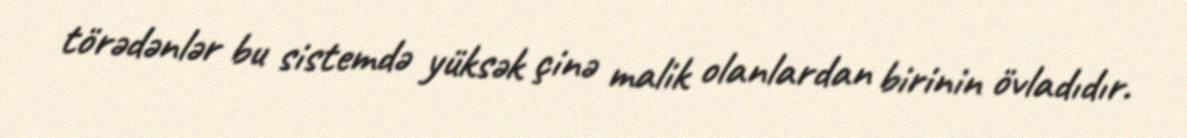
törədənlər bu sistemdə yüksək çinə malik olanlardan birinin övladıdır.